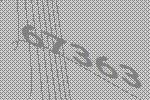
67363